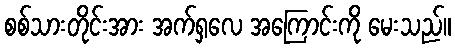
စစ်သားတိုင်းအား အက်ရှလေ အကြောင်းကို မေးသည်။